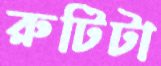
রুটিটা